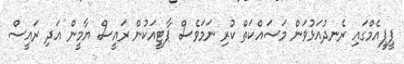
ޕީޕީއެމްގައި ރެނދުއަޅުވަން މަސައްކަތް ކުރި ނަމަވެސް ޕާޓީއަކުން ރައީސް ޔާމީން އަދި ރައީސް